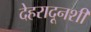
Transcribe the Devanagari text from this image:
देहरादूनशी